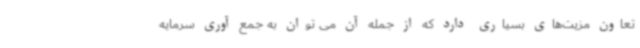
تعاون مزیت‌های بسیاری دارد که از جمله آن می توان به جمع آوری سرمایه